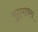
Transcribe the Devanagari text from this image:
युद्धविरा